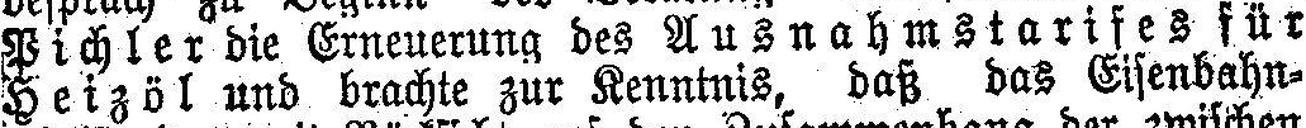
Pichler die Erneuerung des Ausnahmstarifes für